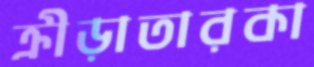
ক্রীড়াতারকা